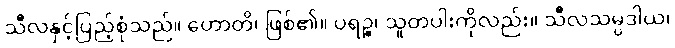
သီလနှင့်ပြည့်စုံသည်။ ဟောတိ၊ ဖြစ်၏။ ပရဉ္စ၊ သူတပါးကိုလည်း။ သီလသမ္ပဒါယ၊